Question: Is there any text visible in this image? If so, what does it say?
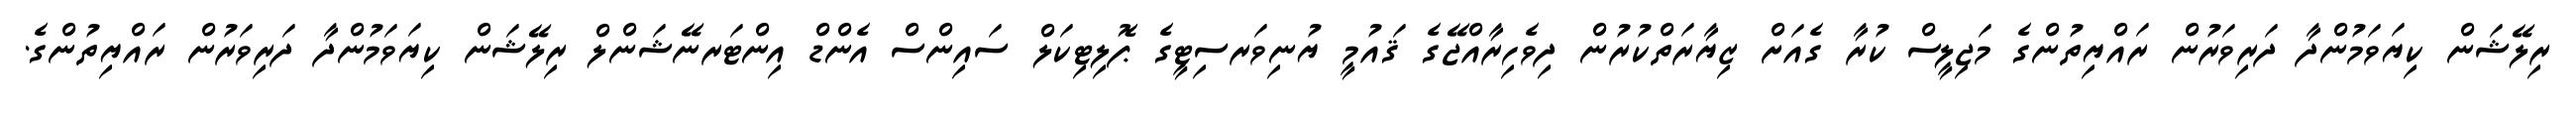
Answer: ރިލޭޝަން ކިޔަވަމުންދާ ދަރިވަރުން ރައްޔިތުންގެ މަޖިލީސް ކުރާ ގެއަށް ޒިޔާރަތްކުރުން ދިވެހިރާއްޖޭގެ ޤައުމީ ޔުނިވަރސިޓީގެ ޕޮލިޓިކަލް ސައިންސް އެންޑް އިންޓަރނޭޝަންލް ރިލޭޝަން ކިޔަވަމުންދާ ދަރިވަރުން ރައްޔިތުންގެ.